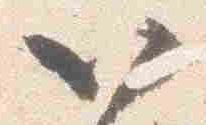
以